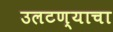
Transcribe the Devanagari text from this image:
उलटण्याचा